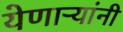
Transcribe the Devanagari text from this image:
येणाऱ्यांनी